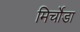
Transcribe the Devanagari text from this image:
मिर्चोडा